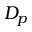
D _ { p }